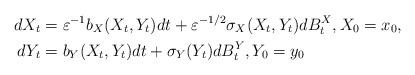
LaTeX: \begin{align*} dX_t &= {\varepsilon}^{-1} b_X(X_t, Y_t) dt + {\varepsilon}^{-1/2} \sigma_X(X_t, Y_t) dB^X_t, X_0 = x_0, \\ dY_t &= b_Y(X_t, Y_t)dt + \sigma_Y(Y_t) dB^Y_t, Y_0 = y_0\end{align*}